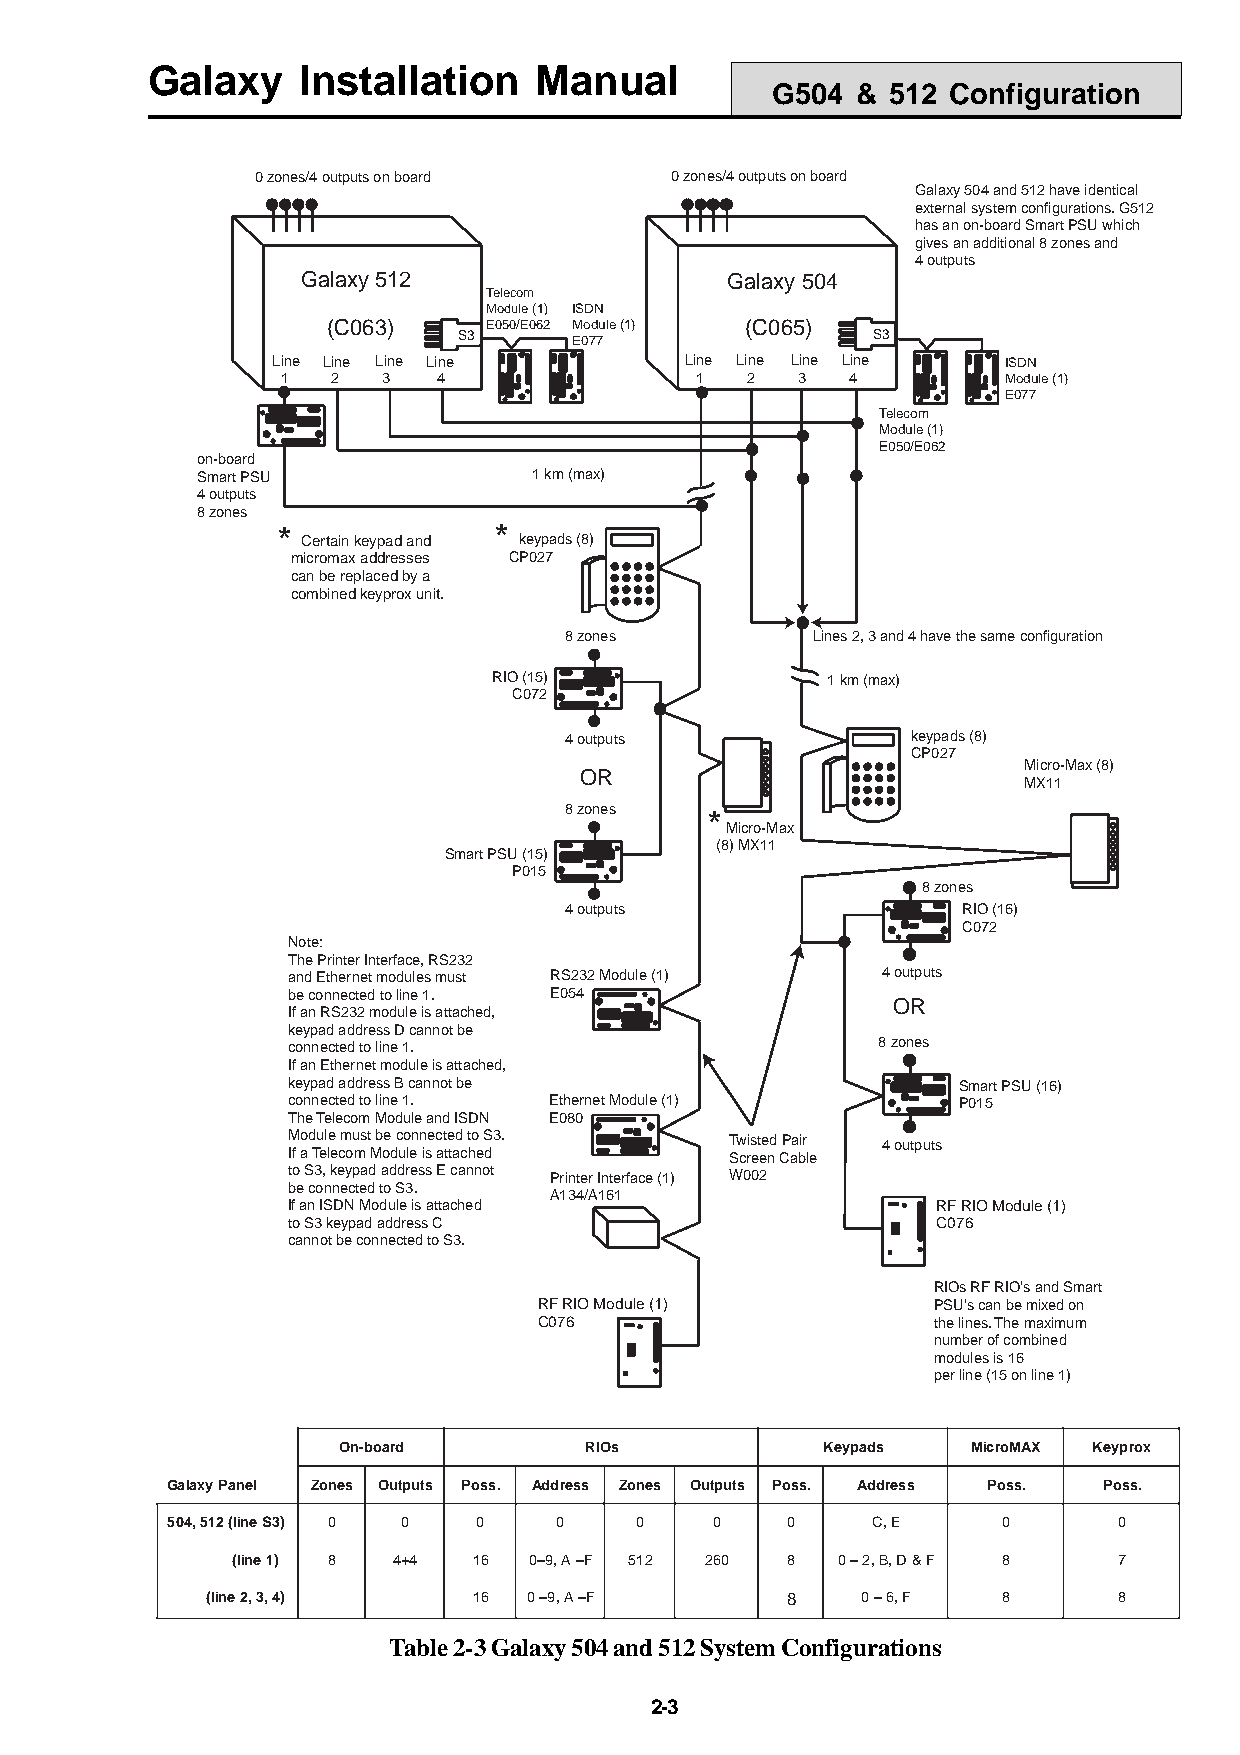
Galaxy    Installation   Manual
 G504  & 512 Configuration
 0 zones/4 outputs on board 0 zones/4 outputs on board
 Galaxy 504 and 512 have identical
 external system configurations. G512
 has an on-board Smart PSU which
 gives an additional 8 zones and
 4 outputs
 Galaxy 512                  Galaxy 504
 Telecom
 Module (1) ISDN
 (C063)    E050/E062 Module (1) (C065)
 S3      E077                S3
 Line Line Line Line        Line Line Line Line   ISDN
 1  2  3   4                1  2   3  4          Module (1)
 E077
 Telecom
 Module (1)
 E050/E062
 on-board
 Smart PSU             1 km (max)
 4 outputs
 8 zones
 *              *
 Certain keypad and keypads (8)
 micromax addresses CP027
 can be replaced by a
 combined keyprox unit.
 8 zones          Lines 2, 3 and 4 have the same configuration
 RIO (15)              1 km (max)
 C072
 4 outputs              keypads (8)
 CP027
 Micro-Max (8)
 OR
 MX11
 8 zones   *
 Micro-Max
 (8) MX11
 Smart PSU (15)
 P015
 8 zones
 4 outputs                  RIO (16)
 C072
 Note:
 The Printer Interface, RS232
 and Ethernet modules must RS232 Module (1) 4 outputs
 be connected to line 1. E054
 OR
 If an RS232 module is attached,
 keypad address D cannot be
 connected to line 1.                   8 zones
 If an Ethernet module is attached,
 keypad address B cannot be                  Smart PSU (16)
 connected to line 1. Ethernet Module (1)    P015
 The Telecom Module and ISDN E080
 Module must be connected to S3. Twisted Pair 4 outputs
 If a Telecom Module is attached Screen Cable
 to S3, keypad address E cannot Printer Interface (1) W002
 be connected to S3.
 A134/A161
 If an ISDN Module is attached              RF RIO Module (1)
 to S3 keypad address C                     C076
 cannot be connected to S3.
 RIOs RF RIO's and Smart
 RF RIO Module (1)         PSU's can be mixed on
 C076                      the lines. The maximum
 number of combined
 modules is 16
 per line (15 on line 1)
 On-board         RIOs           Keypads   MicroMAX Keyprox
 GalaxyPanel Zones Outputs Poss. Address Zones Outputs Poss. Address Poss. Poss.
 504,512(lineS3) 0 0  0    0    0    0    0     C,E     0       0
 (line1) 8  4+4  16  0–9,A–F 512 260  8  0–2,B,D&F  8       7
 (line2,3,4)      16  0–9,A–F          8    0–6,F    8       8
 Table 2-3 Galaxy 504 and 512 System Configurations
 2-3